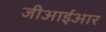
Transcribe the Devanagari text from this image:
जीआईआर